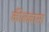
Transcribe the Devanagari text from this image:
कीलबासा